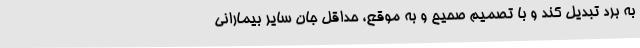
به بُرد تبدیل کند و با تصمیم صحیح و به موقع، حداقل جان سایر بیمارانی